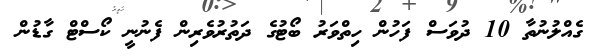
ގެއްލުނުތާ 10 ދުވަސް ފަހުން ހިތްވަރު ބޯޓުގެ ދަތުރުވެރިން ފެނުނީ ކޯސްޓް ގާޑުން